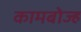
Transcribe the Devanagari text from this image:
कामबोज्ह